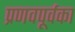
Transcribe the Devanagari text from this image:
प्रणवपूर्वका